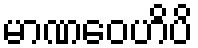
မာဏဝေဟိပိ